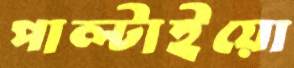
পাল্‌টাইয়ো